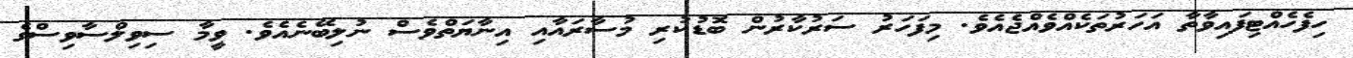
ހިފެހެއްޓިފައިވާތާ އަހަރުތަކެއްވެއްޖެއެވެ. މިފަހަރު ސަރުކާރުން ބޮޑުކުރި މުސާރައާއި އިނާޔަތްވެސް ނުލިބޭނެއެވެ. ވީމާ ސިވިލްސާވިސްގެ